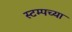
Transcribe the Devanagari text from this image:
स्टम्पच्या